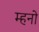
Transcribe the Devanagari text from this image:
म्हनो